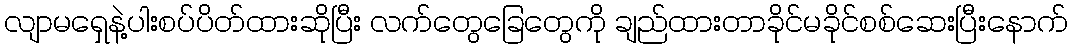
လျာမရှေနဲ့ပါးစပ်ပိတ်ထားဆိုပြီး လက်တွေခြေတွေကို ချည်ထားတာခိုင်မခိုင်စစ်ဆေးပြီးနောက်